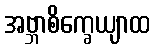
အဗ္ဘာစိက္ခေယျာထ